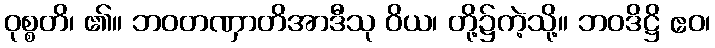
ဝုစ္စတိ၊ ၏။ ဘဝတဏှာတိအာဒီသု ဝိယ၊ တို့၌ကဲ့သို့။ ဘဝဒိဋ္ဌိ ဧဝ၊